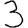
Digit: 3